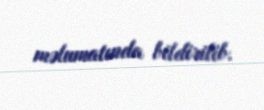
məlumatında bildirilib.